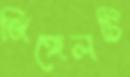
জিঙ্গেলটি